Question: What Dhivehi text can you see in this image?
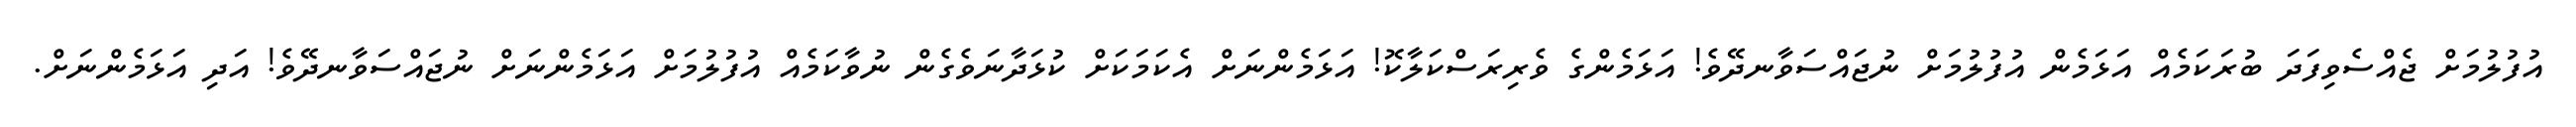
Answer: އުފުލުމަށް ޖެއްސެވިފަދަ ބުރަކަމެއް އަޅަމެން އުފުލުމަށް ނުޖައްސަވާނދޭވެ! އަޅަމެންގެ ވެރިރަސްކަލާކޮ! އަޅަމެންނަށް އެކަމަކަށް ކުޅަދާނަވެގެން ނުވާކަމެއް އުފުލުމަށް އަޅަމެންނަށް ނުޖައްސަވާނދޭވެ! އަދި އަޅަމެންނަށް.